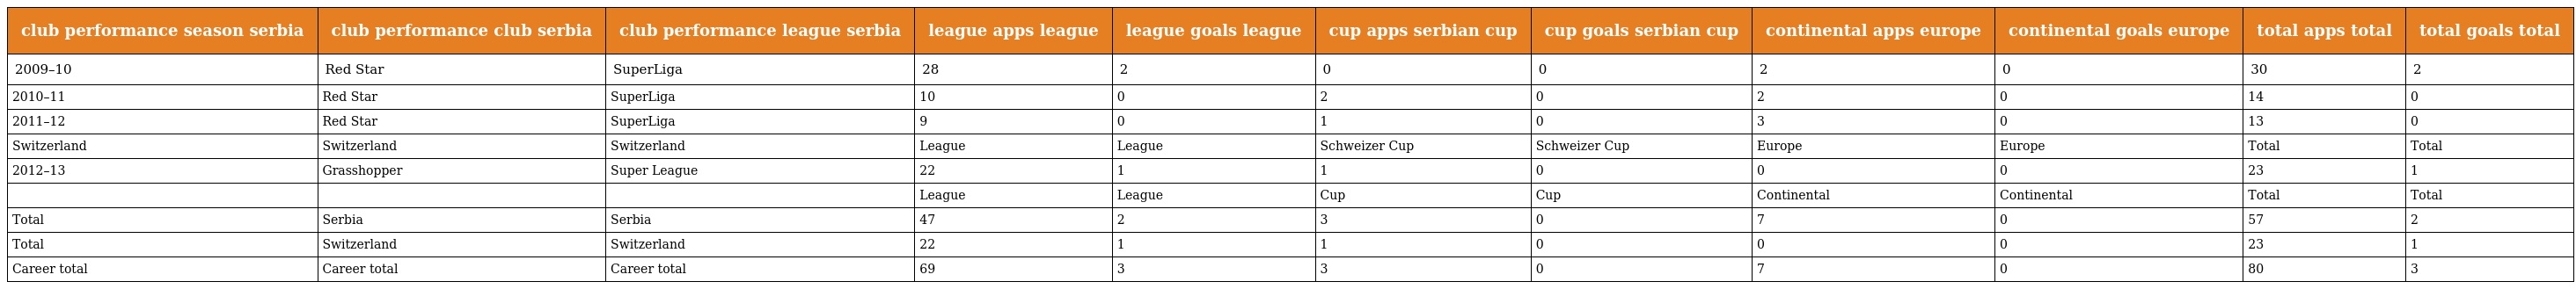
| club performance season serbia | club performance club serbia | club performance league serbia | league apps league | league goals league | cup apps serbian cup | cup goals serbian cup | continental apps europe | continental goals europe | total apps total | total goals total |
 | --- | --- | --- | --- | --- | --- | --- | --- | --- | --- | --- |
 | 2009–10 | Red Star | SuperLiga | 28 | 2 | 0 | 0 | 2 | 0 | 30 | 2 |
 | 2010–11 | Red Star | SuperLiga | 10 | 0 | 2 | 0 | 2 | 0 | 14 | 0 |
 | 2011–12 | Red Star | SuperLiga | 9 | 0 | 1 | 0 | 3 | 0 | 13 | 0 |
 | Switzerland | Switzerland | Switzerland | League | League | Schweizer Cup | Schweizer Cup | Europe | Europe | Total | Total |
 | 2012–13 | Grasshopper | Super League | 22 | 1 | 1 | 0 | 0 | 0 | 23 | 1 |
 |  |  |  | League | League | Cup | Cup | Continental | Continental | Total | Total |
 | Total | Serbia | Serbia | 47 | 2 | 3 | 0 | 7 | 0 | 57 | 2 |
 | Total | Switzerland | Switzerland | 22 | 1 | 1 | 0 | 0 | 0 | 23 | 1 |
 | Career total | Career total | Career total | 69 | 3 | 3 | 0 | 7 | 0 | 80 | 3 |